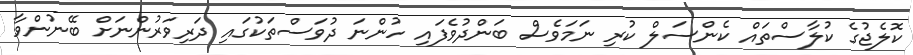
ކޮލެޖުގެ ކުލާސްތައް ކެންސަލް ކުރި ނަމަވެސް ބަންދުވެފައި ހުންނަ ދުވަސްތަކުގައި ދަރިވަރުންނަށް ބޭނުންވާ